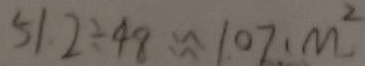
5 1 . 2 \div 4 8 \approx 1 0 7 m ^ { 2 }